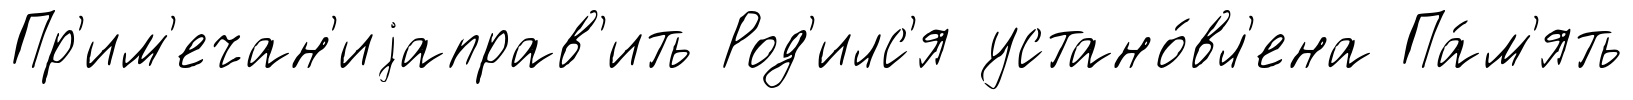
Пр'им'ечан'иjаправ'ить Род'илс'я устано́вл'ена Па́м'ять